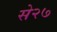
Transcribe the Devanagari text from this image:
से२७